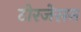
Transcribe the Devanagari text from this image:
टोरजेसन